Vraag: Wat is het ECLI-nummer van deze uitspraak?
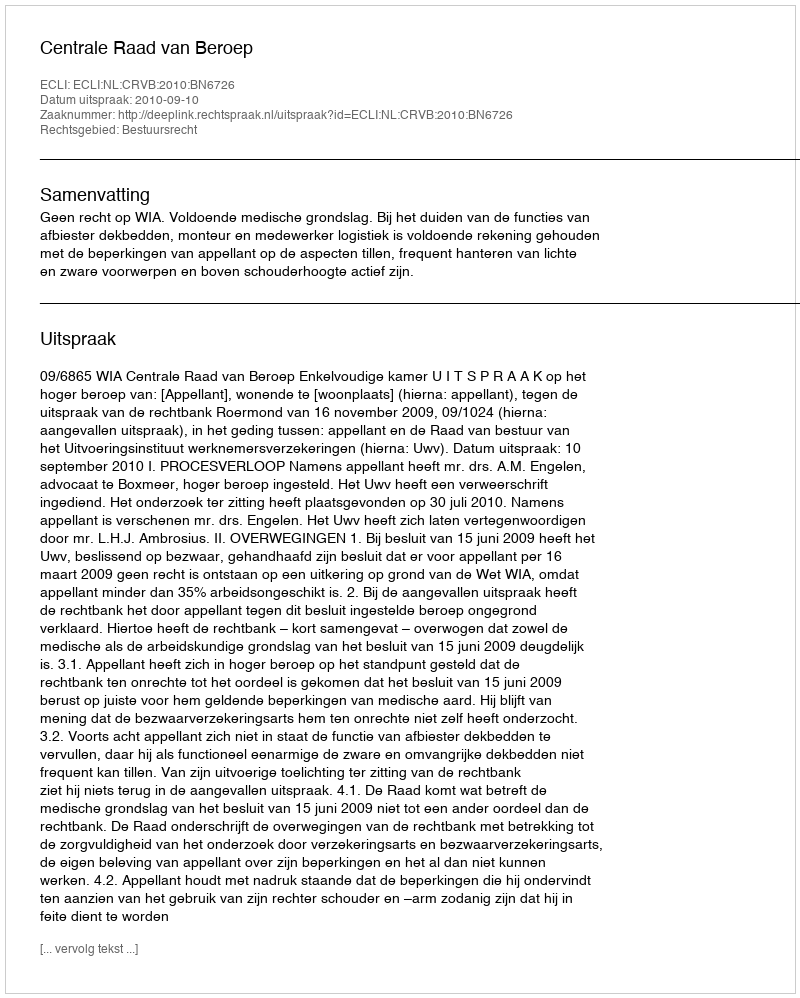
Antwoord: ECLI:NL:CRVB:2010:BN6726